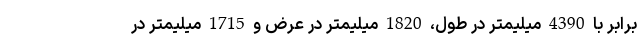
برابر با 4390 میلیمتر در طول، 1820 میلیمتر در عرض و 1715 میلیمتر در